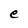
Character: e